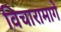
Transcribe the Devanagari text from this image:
विचारामागे